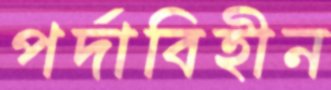
পর্দাবিহীন